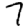
Digit: 7